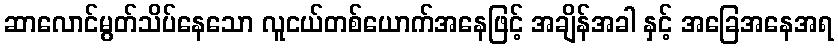
ဆာလောင်မွတ်သိပ်နေသော လူငယ်တစ်ယောက်အနေဖြင့် အချိန်အခါ နှင့် အခြေအနေအရ